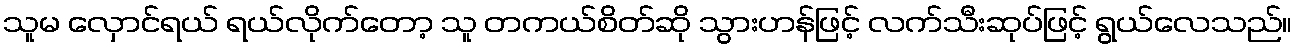
သူမ လှောင်ရယ် ရယ်လိုက်တော့ သူ တကယ်စိတ်ဆို သွားဟန်ဖြင့် လက်သီးဆုပ်ဖြင့် ရွယ်လေသည်။